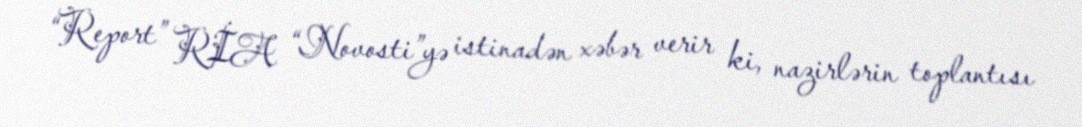
“Report” RİA “Novosti”yə istinadən xəbər verir ki, nazirlərin toplantısı